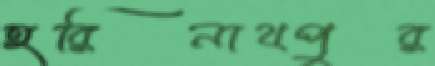
হরিনাথপুর